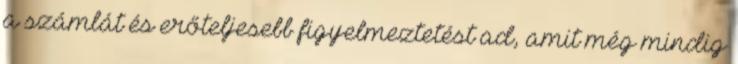
a számlát és erőteljesebb figyelmeztetést ad, amit még mindig